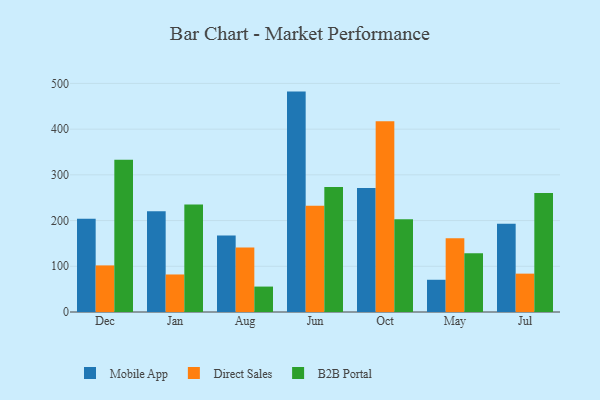
{"axis": {"x": "Month", "y": "Temperature (°C)"}, "legend": ["B2B Portal", "Direct Sales", "Mobile App"], "data": [{"x": "Dec", "y": 203.9, "type": "Mobile App"}, {"x": "Dec", "y": 101.9, "type": "Direct Sales"}, {"x": "Dec", "y": 333.1, "type": "B2B Portal"}, {"x": "Jan", "y": 220.6, "type": "Mobile App"}, {"x": "Jan", "y": 82.1, "type": "Direct Sales"}, {"x": "Jan", "y": 235.3, "type": "B2B Portal"}, {"x": "Aug", "y": 167.2, "type": "Mobile App"}, {"x": "Aug", "y": 141.3, "type": "Direct Sales"}, {"x": "Aug", "y": 55.6, "type": "B2B Portal"}, {"x": "Jun", "y": 482.1, "type": "Mobile App"}, {"x": "Jun", "y": 232.6, "type": "Direct Sales"}, {"x": "Jun", "y": 273.6, "type": "B2B Portal"}, {"x": "Oct", "y": 271.4, "type": "Mobile App"}, {"x": "Oct", "y": 417.3, "type": "Direct Sales"}, {"x": "Oct", "y": 202.7, "type": "B2B Portal"}, {"x": "May", "y": 70.5, "type": "Mobile App"}, {"x": "May", "y": 161.3, "type": "Direct Sales"}, {"x": "May", "y": 128.4, "type": "B2B Portal"}, {"x": "Jul", "y": 192.9, "type": "Mobile App"}, {"x": "Jul", "y": 83.9, "type": "Direct Sales"}, {"x": "Jul", "y": 260.3, "type": "B2B Portal"}]}